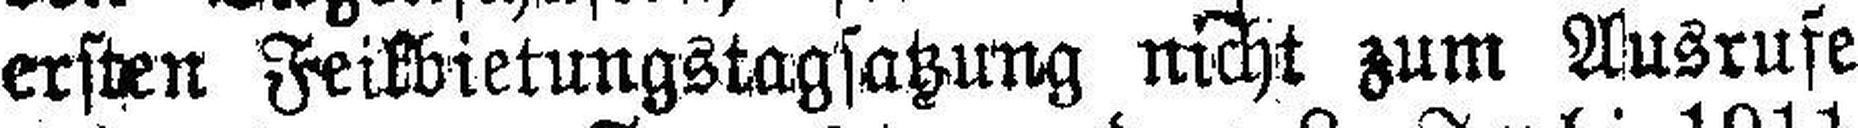
ersten Feilbietungstagsatzung nicht zum Ausrufe